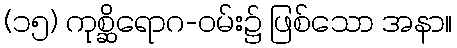
(၁၅) ကုစ္ဆိရောဂ-ဝမ်း၌ ဖြစ်သော အနာ။